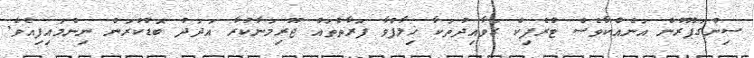
ސިންގަޕޫރުން އަނެއްކާވެސް ޓްރެފިކް ގަވާއިދުތަކާ ޚިލާފްވާ ފަރާތްތައް ޖޫރިމަނާކުރާ އަދަދު ބޮޑުކުރަން ނިންމައިފިއެވެ.